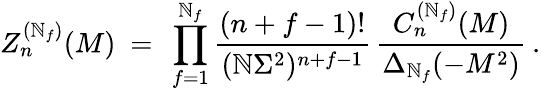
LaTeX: Z_{n}^{(\mathbb{N}_{f})}(M)\ =\ \prod_{f=1}^{\mathbb{N}_{f}}\frac{{(n+f-1)!}}{{(\mathbb{N}\Sigma^{2})^{n+f-1}}}\, \frac{{C_{n}^{(\mathbb{N}_{f})}(M)}}{{\Delta_{\mathbb{N}_{f}}(-M^{2})}}\: .